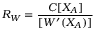
{ \cal R } _ { W } = \frac { C [ X _ { A } ] } { [ W ^ { \prime } ( X _ { A } ) ] }